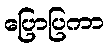
ပြောပြကာ